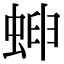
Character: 𧌫